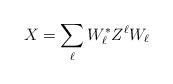
LaTeX: \begin{align*} X= \sum_{\ell} W_\ell^* Z^\ell W_\ell\end{align*}